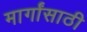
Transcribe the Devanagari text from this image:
मार्गांसाठी